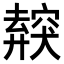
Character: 𥨜